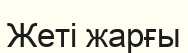
Жеті жарғы